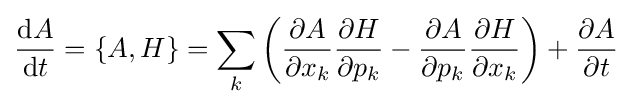
{\frac {\mathrm {d} A}{\mathrm {d} t}}=\{A,H\}=\sum _{k}\left({\frac {\partial A}{\partial x_{k}}}{\frac {\partial H}{\partial p_{k}}}-{\frac {\partial A}{\partial p_{k}}}{\frac {\partial H}{\partial x_{k}}}\right)+{\frac {\partial A}{\partial t}}